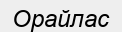
Орайлас